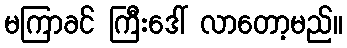
မကြာခင် ကြီးဒေါ် လာတော့မည်။